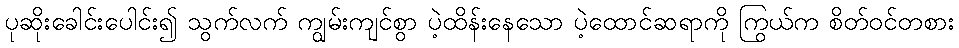
ပုဆိုးခေါင်းပေါင်း၍ သွက်လက် ကျွမ်းကျင်စွာ ပဲ့ထိန်းနေသော ပဲ့ထောင်ဆရာကို ကြွယ်က စိတ်ဝင်တစား